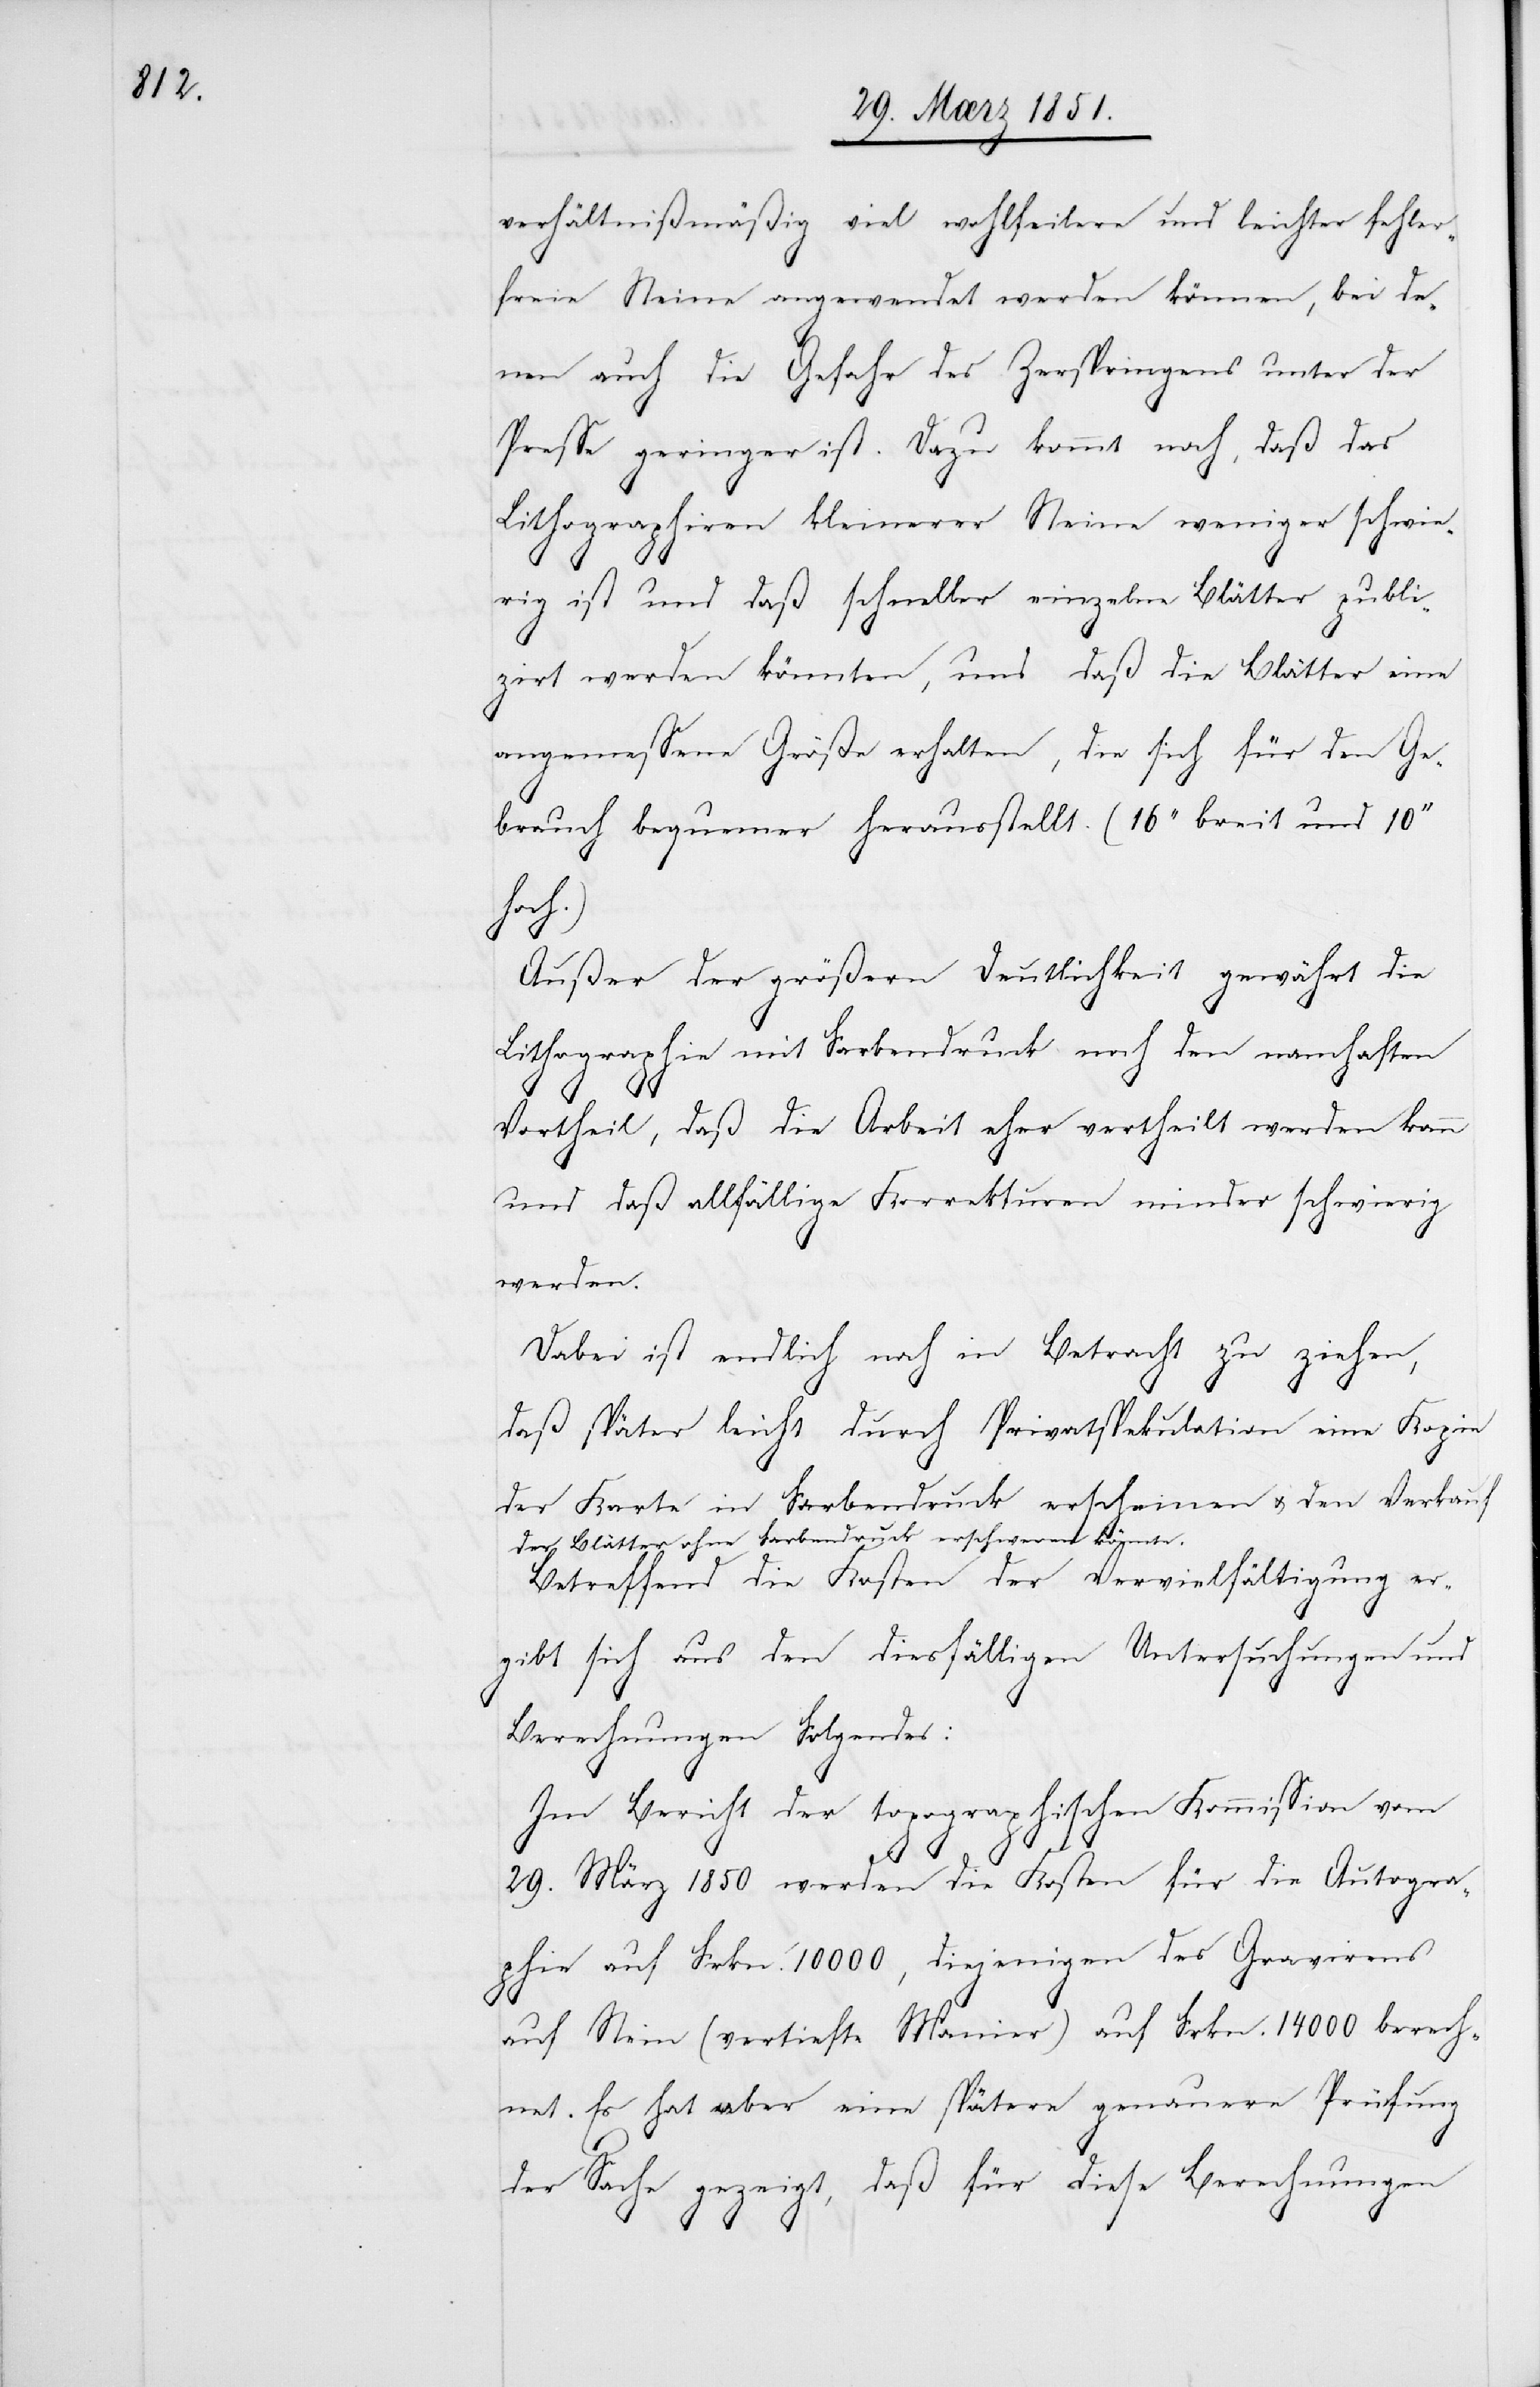
verhältnißmäßig viel wohlfeilere und leichter fehler¬
freie Steine angewendet werden können, bei de¬
nen auch die Gefahr des Zerspringens unter der
Presse geringer ist. Dazu kommt noch, daß das
Lithographiren kleinerer Steine weniger schwie¬
rig ist und daß schneller einzelne Blätter publi¬
zirt werden könnten, und daß die Blätter eine
angemessene Größe erhalten, die sich für den Ge¬
brauch bequemer herausstellt. (16‘‘ breit und 10‘‘
hoch.)
Außer der größern Deutlichkeit gewährt die
Lithographie mit Farbendruck noch den namhaften
Vortheil, daß die Arbeit eher vertheilt werden kann
und daß allfällige Korrekturen minder schwierig
werden.
Dabei ist endlich noch in Betracht zu ziehen,
daß später leicht durch Privatspekulation eine Kopie
der Karte in Farbendruck erscheinen u. den Verkauf
der Blätter ohne Farbendruck erschweren könnte.
Betreffend die Kosten der Vervielfältigung er¬
gibt sich aus den diesfälligen Untersuchungen und
Berechnungen Folgendes:
Im Bericht der topographischen Kommission vom
29. März 1850 werden die Kosten für die Autogra¬
phie auf Frkn. 10000, diejenigen des Gravirens
auf Stein (vertiefte Manier) auf Frkn. 14000 berech¬
net. Es hat aber eine spätere genauere Prüfung
der Sache gezeigt, daß für diese Berechnungen